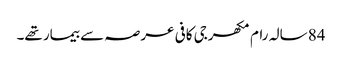
84 سالہ رام مکھرجی کافی عرصہ سے بیمار تھے۔